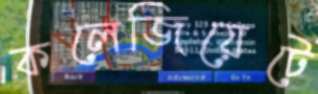
কলেজিয়েটে